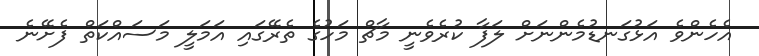
އެހެންވެ އަޅުގަނޑުމެންނަށް ލަފާ ކުރެވެނީ މާޗް މަހުގެ ތެރޭގައި އަމަލީ މަސައްކަތް ފެށޭނެ